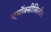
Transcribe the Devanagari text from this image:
एमॉक्सीसिलीन